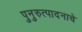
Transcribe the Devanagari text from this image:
पुनुरुत्पादनाचे